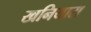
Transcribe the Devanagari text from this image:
खनियारा